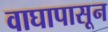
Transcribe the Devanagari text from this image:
वाघापासून